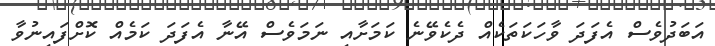
އަބަދުވެސް އެފަދަ ވާހަކަތަކެއް ދެކެވޭނެ ކަމަށާއި ނަމަވެސް އޭނާ އެފަދަ ކަމެއް ކޮށްފައިނުވާ